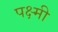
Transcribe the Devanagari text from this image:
पक्ष्मी